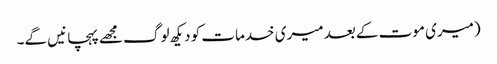
(میری موت کے بعد میری خدمات کو دیکھ لوگ مجھے پہچانیں گے۔